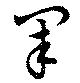
軍